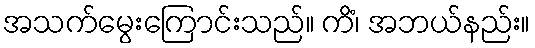
အသက်မွေးကြောင်းသည်။ ကိံ၊ အဘယ်နည်း။